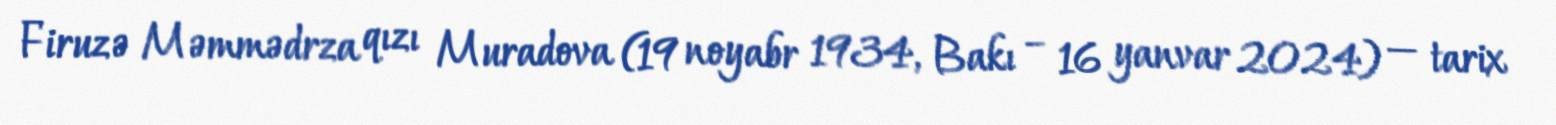
Firuzə Məmmədrza qızı Muradova (19 noyabr 1934, Bakı – 16 yanvar 2024) — tarix